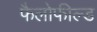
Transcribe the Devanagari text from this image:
फैलोफील्ड